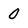
Character: 0